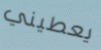
يعطيني